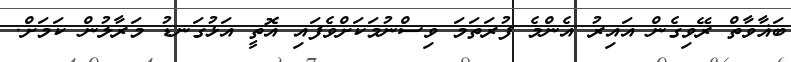
ބަޣާވާތް ރޭވިގެން އައިރު އެންމެ ފުރަތަމަ ވިސްނުމަކަށްވެފައި އޮތީ އަޅުގަނޑު މަރާލުން ކަމަށް.